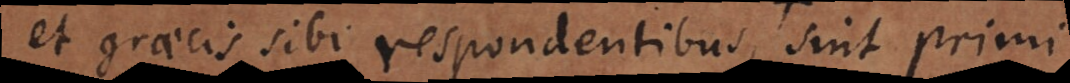
et graecis sibi respondentibus (nempe